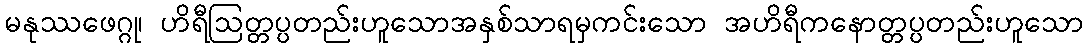
မနုဿဖေဂ္ဂု၊ ဟိရီဩတ္တပ္ပတည်းဟူသောအနှစ်သာရမှကင်းသော အဟိရီကနောတ္တပ္ပတည်းဟူသော